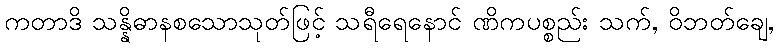
ကတာဒိ သန္နိဓာနစသောသုတ်ဖြင့် သရီရေနောင် ဏိကပစ္စည်း သက်, ဝိဘတ်ချေ,